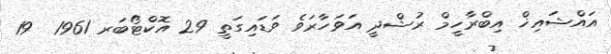
އައްޝައިޚް އިބްރާހީމް ރުޝްދީ އަވަހާރަވެ ވަޑައިގަތީ 29 އޮކްޓޯބަރ 1961  19